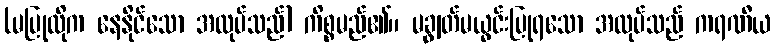
(မပြုလိုက နေနိုင်သော အလုပ်သည်) ကိစ္စမည်၏။ မချွတ်မယွင်းပြုရသော အလုပ်သည် ကရဏီယ